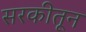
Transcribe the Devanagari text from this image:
सरकीतून